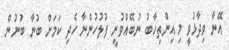
އޭނާ ވިދާޅުވީ މި އިންތިހާބު ނުބޭއްވުނީ ފުލުހުންނާ ހެދި ކަމަށް ބުނާ ބުނުން